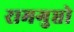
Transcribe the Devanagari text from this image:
रामगुप्तो